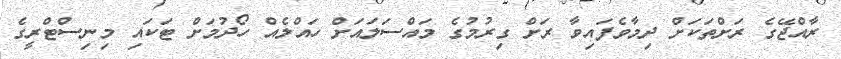
ރާއްޖޭގެ ރަށްތަކަށް ދިމާވެފައިވާ ރަށް ގިރުމުގެ މައްސަލައަށް ހައްލެއް ހޯދުމަށް ޓަކައި މިނިސްޓްރީގެ